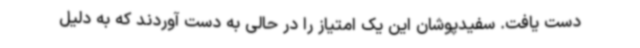
دست یافت. سفیدپوشان این یک امتیاز را در حالی به دست آوردند که به دلیل